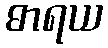
ဓာရယ